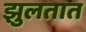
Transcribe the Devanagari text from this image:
झुलतात